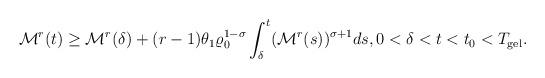
LaTeX: \begin{align*}\mathcal{M}^{r}(t)\geq \mathcal{M}^{r}(\delta)+(r-1)\theta_{1}\varrho_{0}^{1-\sigma}\int_{\delta}^{t}(\mathcal{M}^{r}(s))^{\sigma+1}ds,0<\delta<t<t_{0}<T_{\mathrm{gel}}.\end{align*}